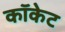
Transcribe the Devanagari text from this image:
कॉकेट